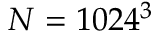
N = 1 0 2 4 ^ { 3 }